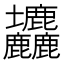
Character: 𡔙